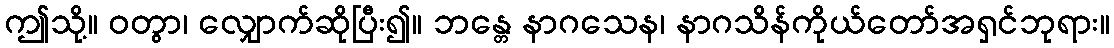
ဤသို့။ ဝတွာ၊ လျှောက်ဆိုပြီး၍။ ဘန္တေ နာဂသေန၊ နာဂသိန်ကိုယ်တော်အရှင်ဘုရား။